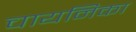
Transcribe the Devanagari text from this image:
चायनिका